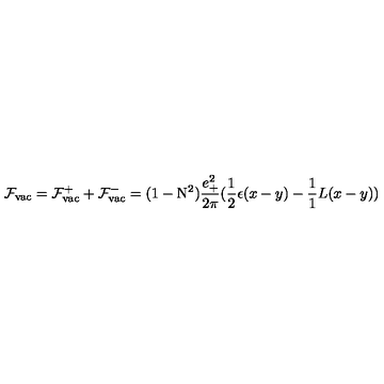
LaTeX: { \cal F } _ { \mathrm { v a c } } = { \cal F } _ { \mathrm { v a c } } ^ { + } + { \cal F } _ { \mathrm { v a c } } ^ { - } = ( 1 - \mathrm { N } ^ { 2 } ) \frac { e _ { + } ^ { 2 } } { 2 \pi } ( \frac { 1 } { 2 } \epsilon ( x - y ) - \frac { 1 } { 1 } { L } ( x - y ) )